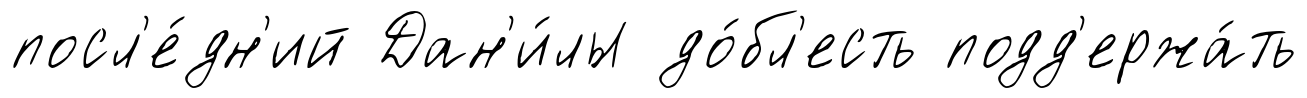
посл'е́дн'ий Дан'и́лы до́бл'есть подд'ержа́ть